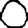
Digit: 0